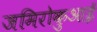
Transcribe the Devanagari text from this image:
जमिरोकुआई